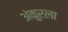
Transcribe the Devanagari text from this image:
अंकुरला